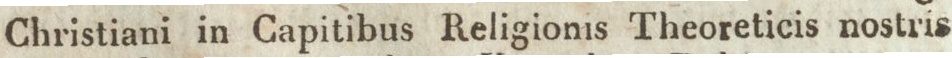
Christiani in Capitibus Religionis Theoreticis nostris